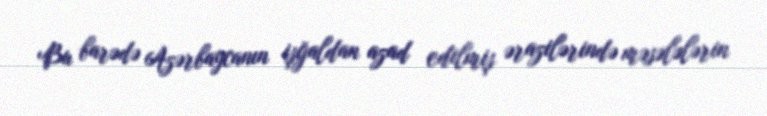
Bu barədə Azərbaycanın işğaldan azad edilmiş ərazilərində məsələlərin